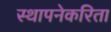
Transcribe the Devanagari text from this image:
स्थापनेकरिता